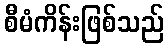
စီမံကိန်းဖြစ်သည်